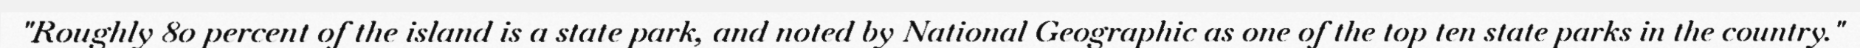
"Roughly 80 percent of the island is a state park, and noted by National Geographic as one of the top ten state parks in the country."